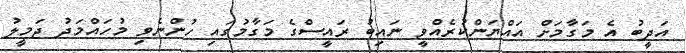
އަދީބު އެ މަގާމަށް އައްޔަންކުރެއްވީ ނައިބު ރައީސްގެ މަގާމުގައި ހުންނެވި މުހައްމަދު ޖަމީލު